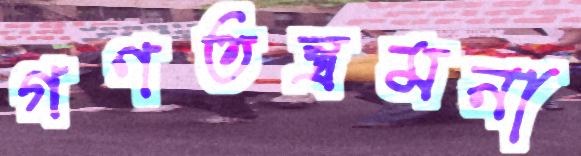
গণতন্ত্রমনা